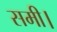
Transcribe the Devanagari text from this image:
समी।